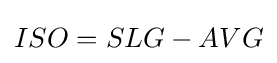
ISO=SLG-AVG